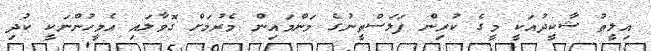
އިލީތު ޝާކީދުއަކީ މީގެ ކުރިން ފަލަސްތީނުގެ މަންމައިން މެރުމަށް ގޮވާލައި އެމީހުންނަކީ ކުދި